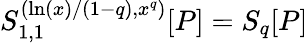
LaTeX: S_{1,1}^{(\ln(x)/(1-q),x^{q})}[P]=S_{q}[P]